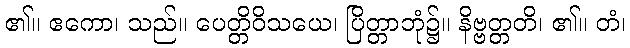
၏။ ဧကော၊ သည်။ ပေတ္တိဝိသယေ၊ ပြိတ္တာဘုံ၌။ နိဗ္ဗတ္တတိ၊ ၏။ တံ၊